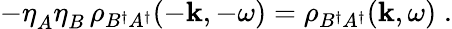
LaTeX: -\eta_{A}^{}\eta_{B}^{}\, \rho_{B^{\dagger}A^{\dagger}}(-{\mathbf k},-\omega)=\rho_{B^{\dagger}A^{\dagger}}({\mathbf k},\omega)\; .